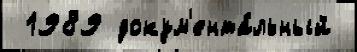
 1989 докум'ента́льный